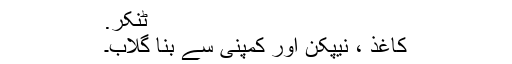
ٹنکر.
کاغذ ، نیپکن اور کمپنی سے بنا گلاب۔